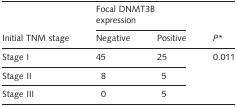
<table><thead><tr><td></td><td colspan="2"><b>Focal DNMT3B expression</b></td><td></td></tr><tr><td><b>Initial TNM stage</b></td><td><b>Negative</b></td><td><b>Positive</b></td><td><b><i>P</i>*</b></td></tr></thead><tbody><tr><td>Stage I</td><td>45</td><td>25</td><td>0.011</td></tr><tr><td>Stage II</td><td>8</td><td>5</td><td></td></tr><tr><td>Stage III</td><td>0</td><td>5</td><td></td></tr></tbody></table>